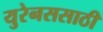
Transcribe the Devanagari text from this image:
युरेनससाठी